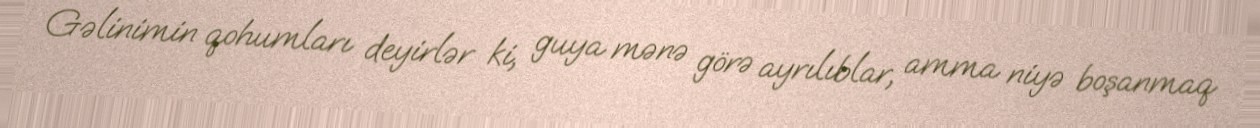
Gəlinimin qohumları deyirlər ki, guya mənə görə ayrılıblar, amma niyə boşanmaq